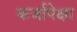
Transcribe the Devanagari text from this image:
कर्जापेक्षा